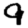
Digit: 9